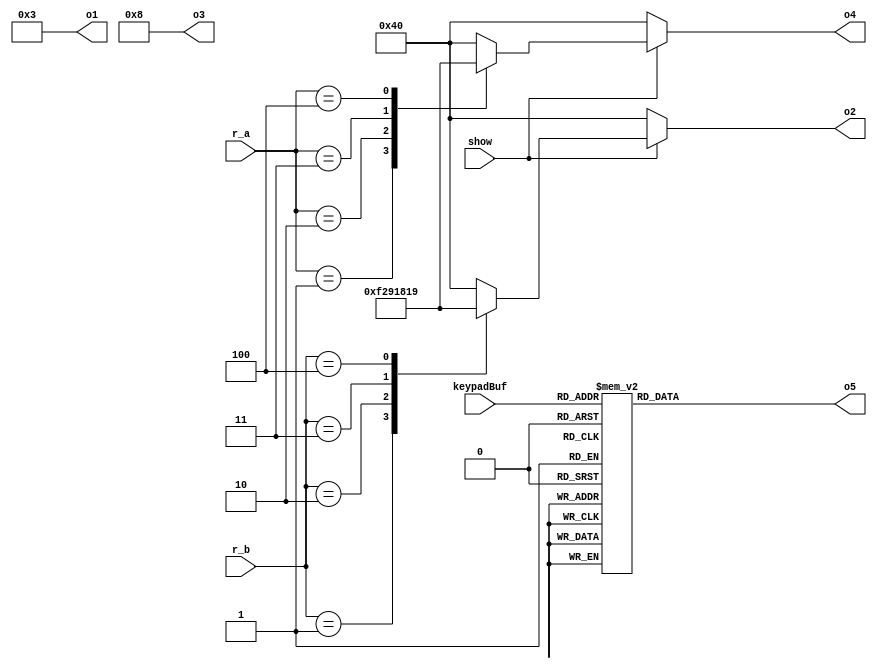
`define TimeExpire 32'd25000000
module SevenDisplay(r_a,r_b,o1,o2,o3,o4,show,keypadBuf,o5);

input [2:0] r_a,r_b;
input show;
input [3:0] keypadBuf;
output [6:0] o1,o2,o3,o4,o5;

reg [6:0] o1,o2,o3,o4,o5;

always@(*)
begin
	case(keypadBuf)
					4'd0: o5 <= 7'b1000000;
					4'd1: o5 <= 7'b1111001;
					4'd2: o5 <= 7'b0100100;
					4'd3: o5 <= 7'b0110000;
					4'd4: o5 <= 7'b0011001;
					4'd5: o5 <= 7'b0010010;
					4'd6: o5 <= 7'b0000010;
					4'd7: o5 <= 7'b1011000;
					4'd8: o5 <= 7'b0000000;
					4'd9: o5 <= 7'b0010000;
					4'd10: o5 <= 7'b0001000;
					4'd11: o5 <= 7'b0000011;
					4'd12: o5 <= 7'b1000110;
					4'd13: o5 <= 7'b0100001;
					4'd14: o5 <= 7'b0000110;
					4'd15: o5 <= 7'b0001110;
		endcase 
   if(!show) //SHOW0A0B
	   begin
		   o1=7'b0000011;
			o2=7'b1000000;
			o3=7'b0001000;
			o4=7'b1000000;
		end
	else
	begin
	   case(r_a)
         0:o4=7'b1000000;
         1:o4=7'b1111001;
         2:o4=7'b0100100;
         3:o4=7'b0110000;
         4:o4=7'b0011001;
         default:o4=7'b1000000;
      endcase
	   o3=7'b0001000;
		case(r_b)
         0:o2=7'b1000000;
         1:o2=7'b1111001;
         2:o2=7'b0100100;
         3:o2=7'b0110000;
         4:o2=7'b0011001;
         default:o2=7'b1000000;
      endcase
		o1=7'b0000011;
	end
end


endmodule